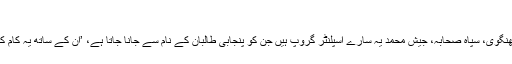
‘
اُنھوں نے کہا کہ افغان طالبان، پاکستانی طالبان، جہادی ، لشکرِ جھنگوی، سپاہِ صحابہ، جیشِ محمد یہ سارے اسپلنٹر گروپ ہیں جن کو پنجابی طالبان کے نام سے جانا جاتا ہے، ’اُن کے ساتھ یہ کام کرتے ہیں اور ہو سکتا ہے کہ اُنھوں نے ہی اِن کی ٹاسکنگ کی ہو۔